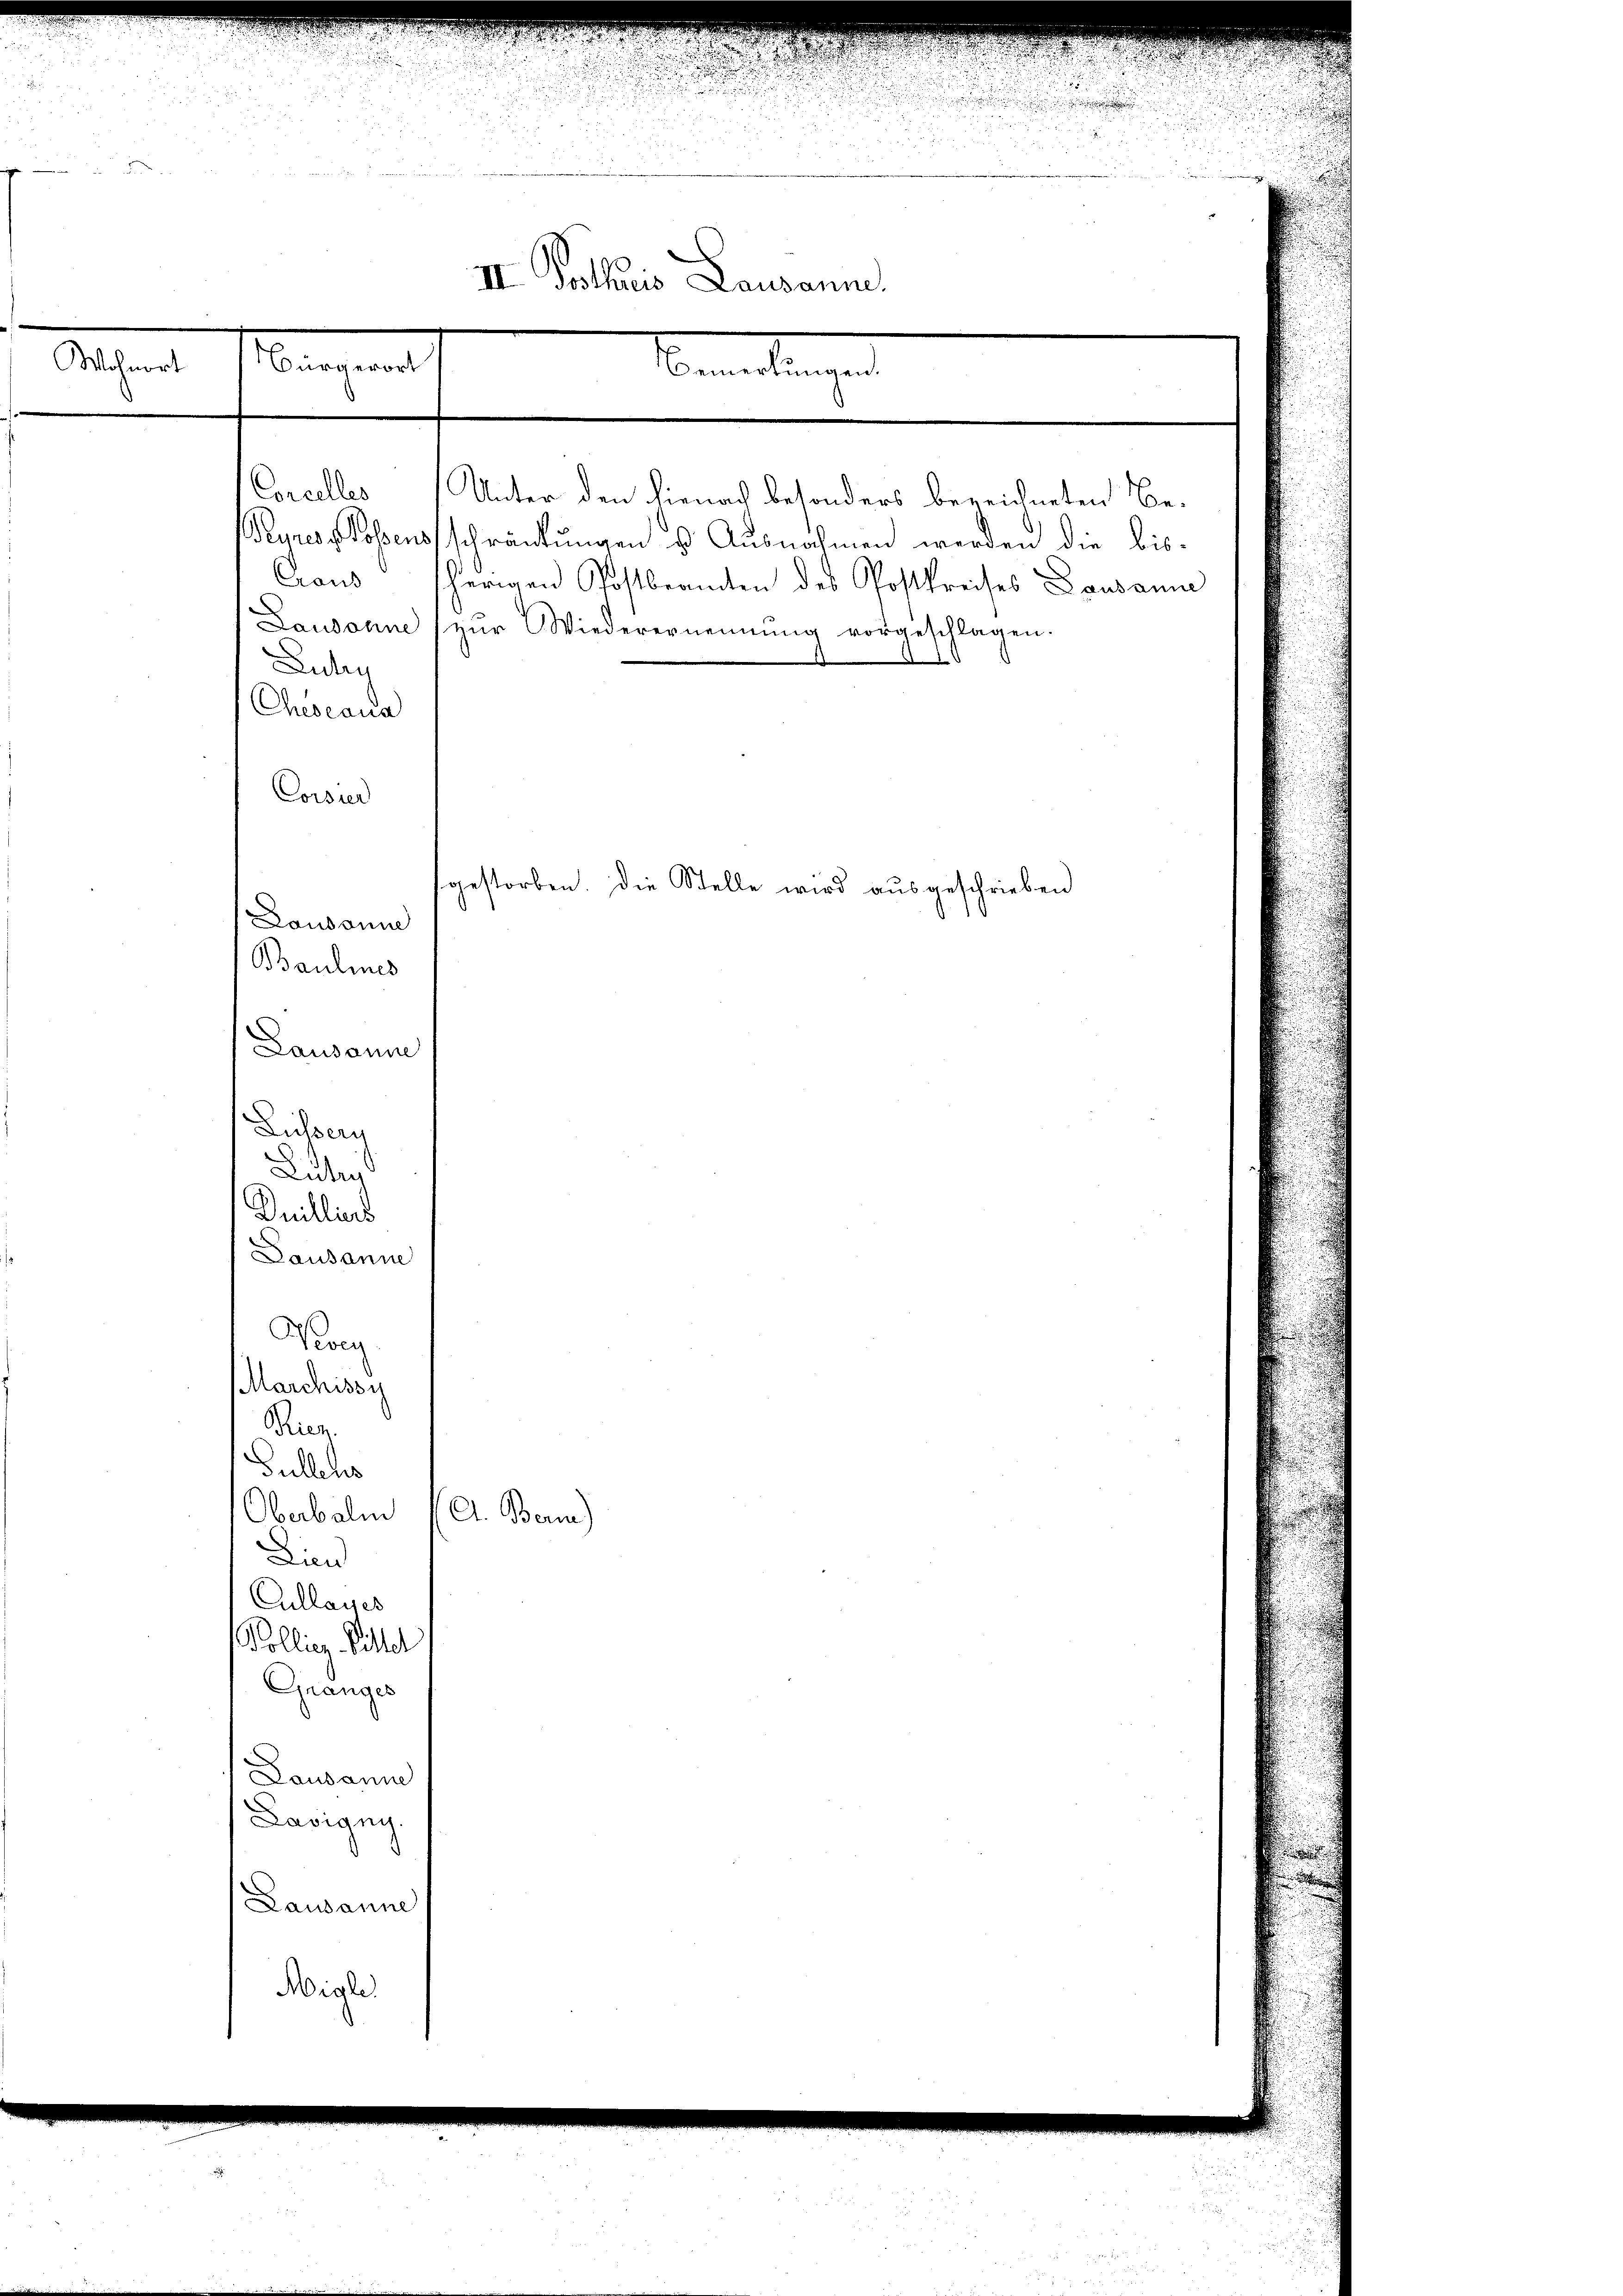
e

 85

30 x
.

Wohnort
Bürgerort

Bemaligen

III. Kothis Lausann

n

Concelles Unter den hienach besonders bezeichneten Be¬
Peunes Possensschränkungen u. Ausnahmen werden die bis¬
Craus sherigen Postbeamten des Postkreises Lausanne
Laudonne zŭr Wiederernennung vorgeschlagen.
Ludag
Cheseaus
Corsier
gestorben. Die Stelle wird ausgeschrieben
Laudonne
Baulines
Lausanne
Dissen
Luter
Dnilliers
Lausanne
Konz
Marchissy
iez
Gullens
Oberbalm (A. Bern)
Lind
Cullages
Köllig. Sittel
Granges
Lausanne
Lavigny.
Lausanne
Nigle